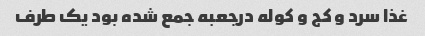
غذا سرد و کج و کوله درجعبه جمع شده بود یک طرف